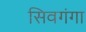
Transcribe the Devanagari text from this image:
सिवगंगा